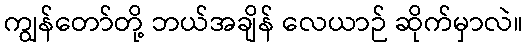
ကျွန်တော်တို့ ဘယ်အချိန် လေယာဉ် ဆိုက်မှာလဲ။